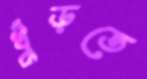
খুঁড়তে